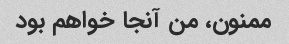
ممنون، من آنجا خواهم بود